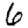
Digit: 6